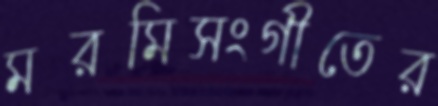
মরমিসংগীতের